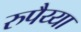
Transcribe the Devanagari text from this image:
रुपैय्या